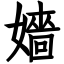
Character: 嬙